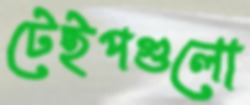
টেইপগুলো